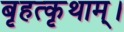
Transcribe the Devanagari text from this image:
बृहत्कृथाम्।